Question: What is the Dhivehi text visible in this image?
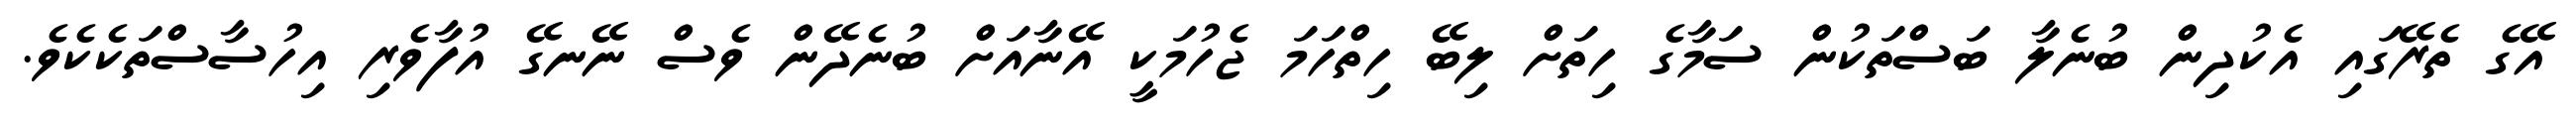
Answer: އޭގެ ތެރޭގައި އެކުދިން ބުނެލާ ބަސްތަކުން ސަމާގެ ހިތަށް ލިބޭ ހިތްހަމަ ޖެހުމަކީ އޭނާއަށް ބުނެދޭން ވެސް ނޭނގޭ އުފާވެރި އިހުސާސްތަކެކެވެ.